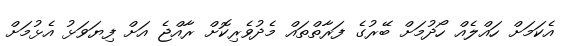
އެކަމަށް ހައްލެއް ހޯދުމަށް ބޭރުގެ ފަރާތްތައް މެދުވެރިކޮށް ރާއްޖެ އަށް ފިޔަވަޅު އެޅުމަށް